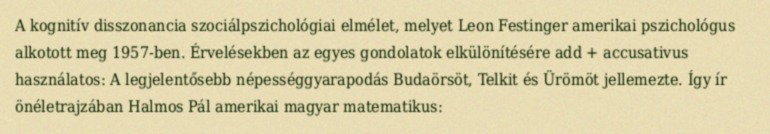
A kognitív disszonancia szociálpszichológiai elmélet, melyet Leon Festinger amerikai pszichológus alkotott meg 1957-ben. Érvelésekben az egyes gondolatok elkülönítésére add + accusativus használatos: A legjelentősebb népességgyarapodás Budaörsöt, Telkit és Ürömöt jellemezte. Így ír önéletrajzában Halmos Pál amerikai magyar matematikus: